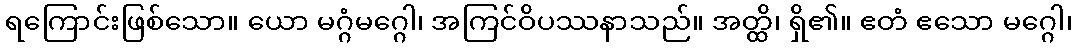
ရကြောင်းဖြစ်သော။ ယော မဂ္ဂံမဂ္ဂေါ၊ အကြင်ဝိပဿနာသည်။ အတ္ထိ၊ ရှိ၏။ ဧတံ ဧသော မဂ္ဂေါ၊